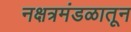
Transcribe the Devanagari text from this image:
नक्षत्रमंडळातून